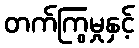
တက်ကြွမှုနှင့်